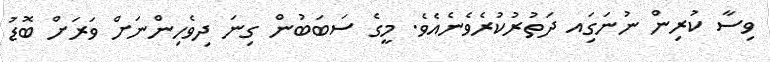
ވިސާ ކުރިން ނުނަގަިއ ދަތުރުކުރެވެނެއެވެ. މީގެ ސަބަބުން ގިނަ ދިވެހިންނަށް ވަރަށް ބޮޑު